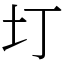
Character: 圢